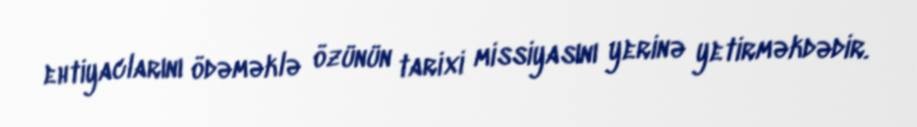
ehtiyaclarını ödəməklə özünün tarixi missiyasını yerinə yetirməkdədir.